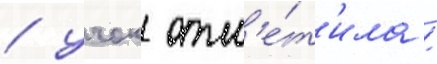
/ учок отм'е́т'ила /